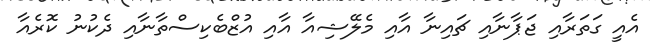
އެއީ ގަތަރާއި ޖަޕާނާއި ޗައިނާ އާއި މެލޭޝިއާ އާއި އުޒްބެކިސްތާނާއި ދެކުނު ކޮރެއާ